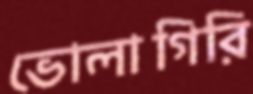
ভোলাগিরি